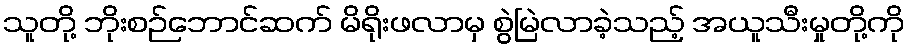
သူတို့ ဘိုးစဉ်ဘောင်ဆက် မိရိုးဖလာမှ စွဲမြဲလာခဲ့သည့် အယူသီးမှုတို့ကို